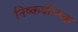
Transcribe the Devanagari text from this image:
निष्कर्षात्मक